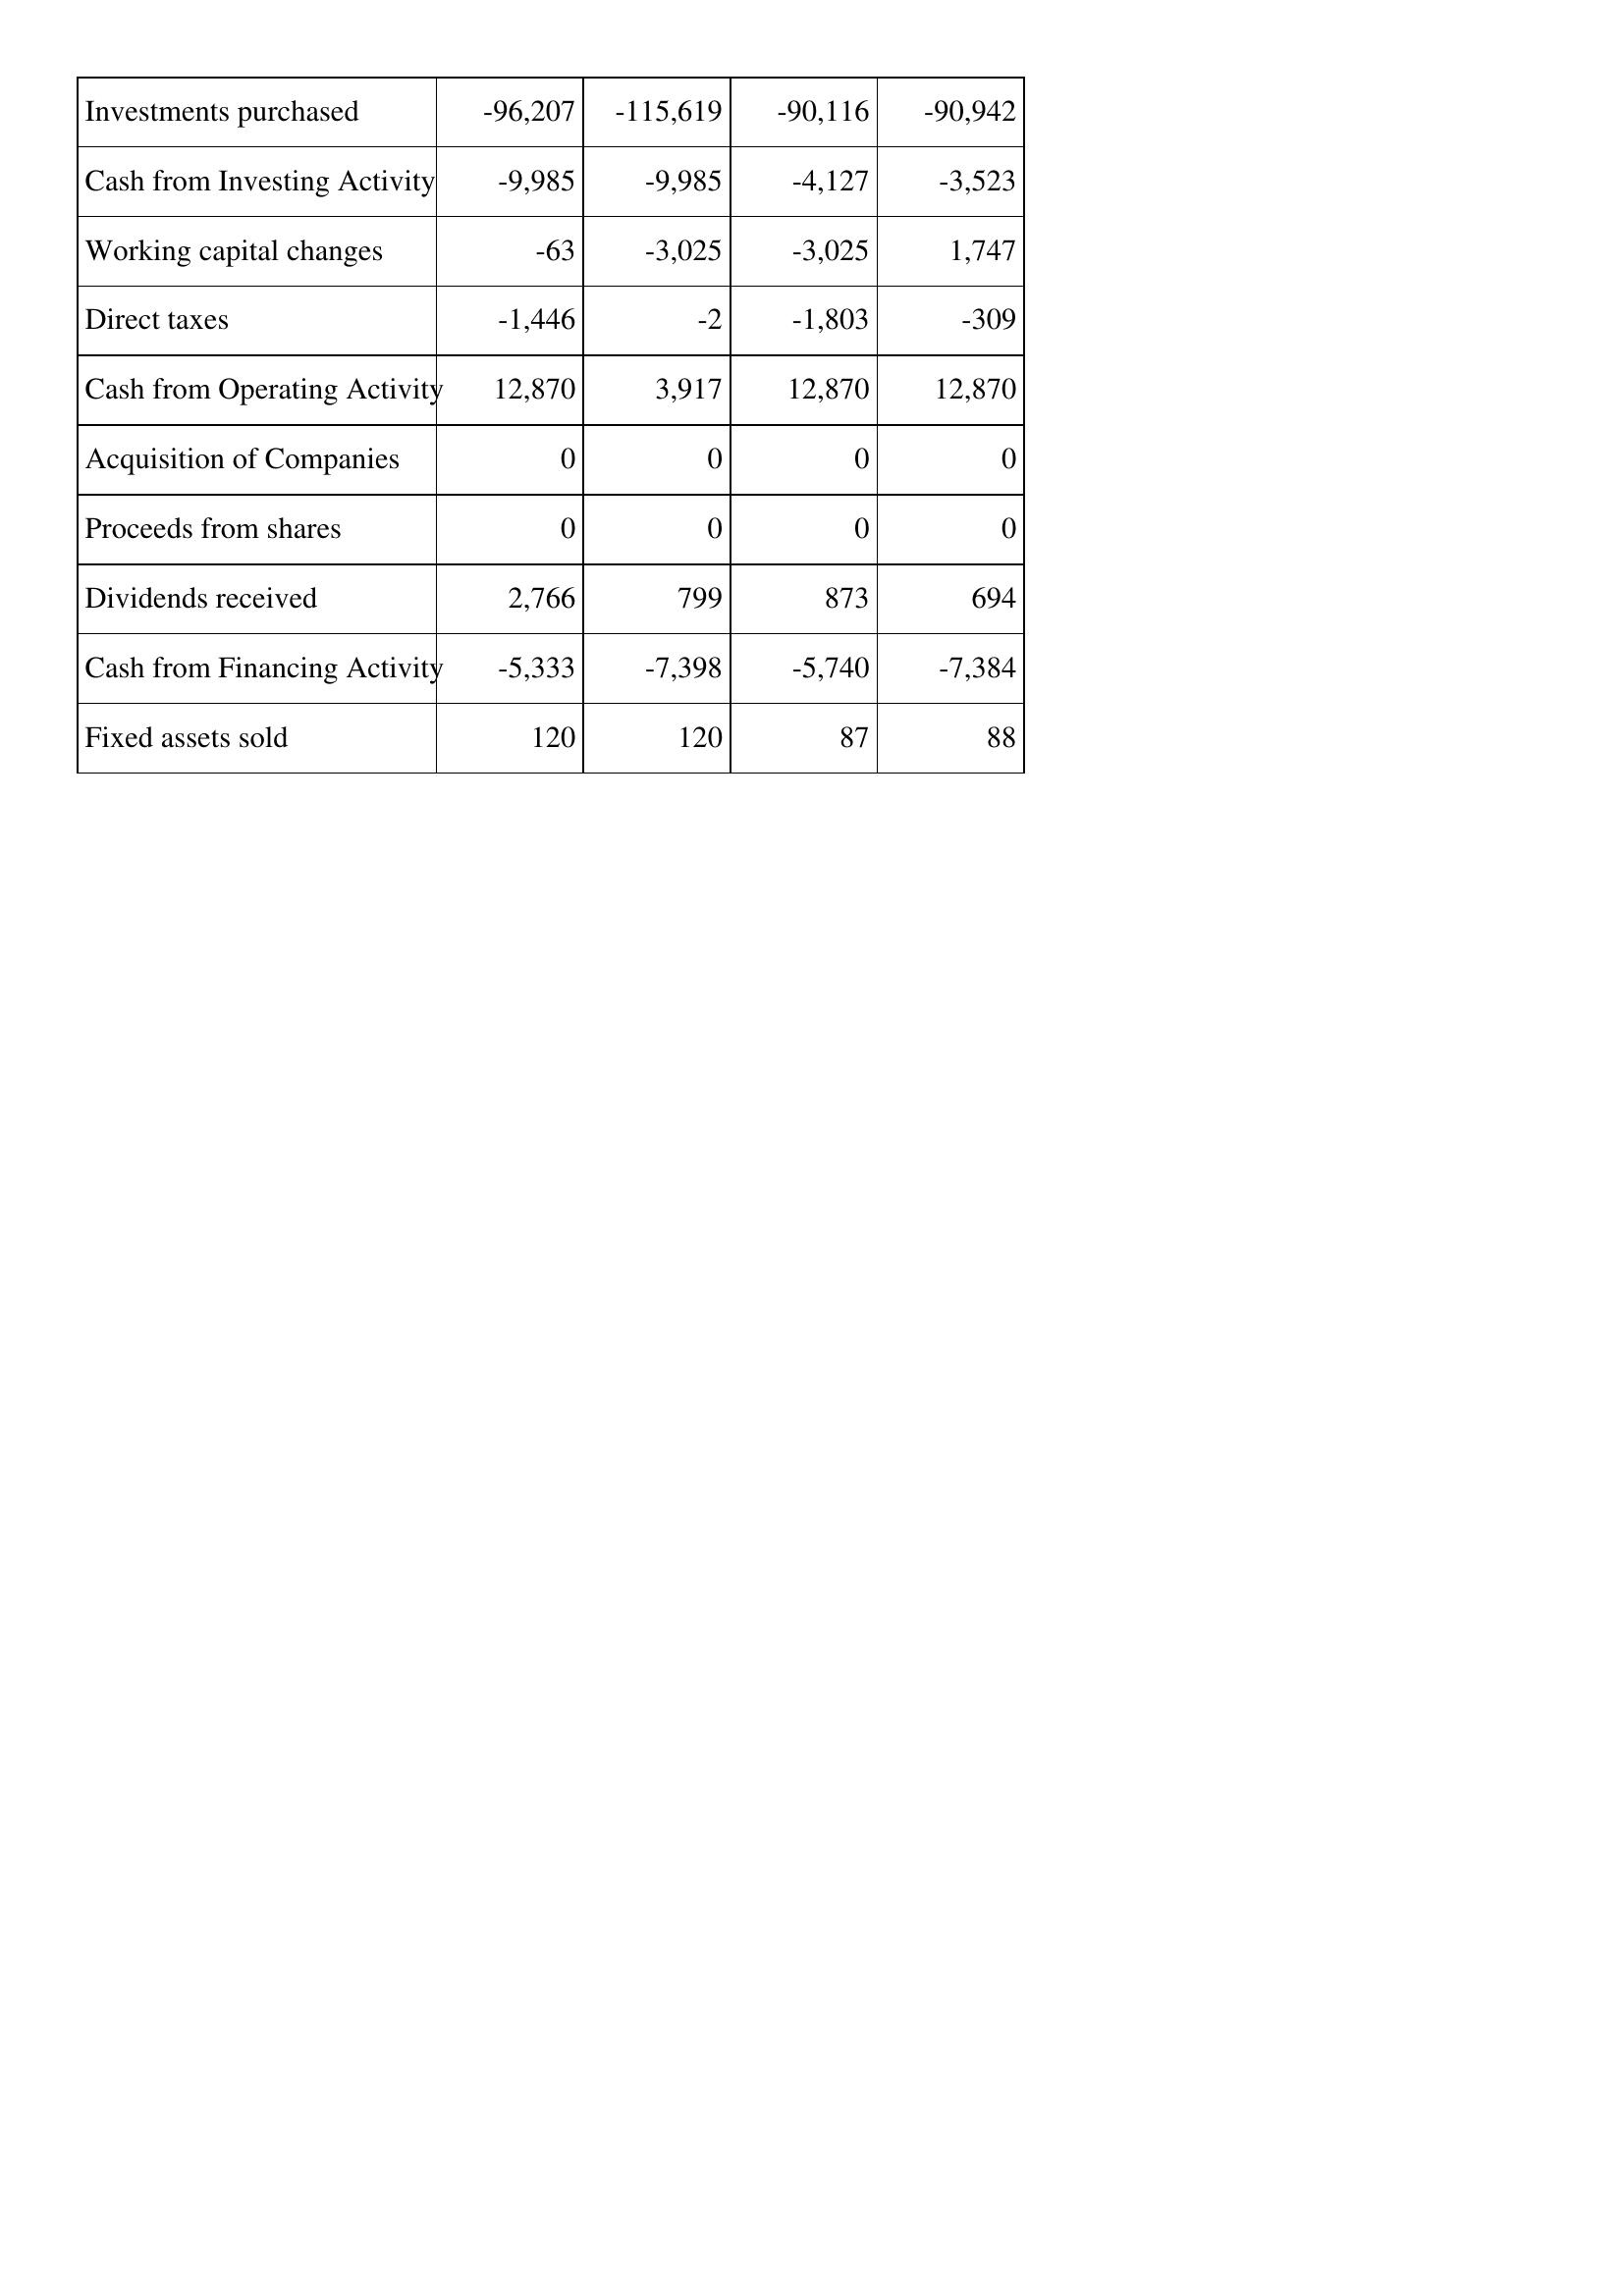
Mar-05: Cash Flows: Investments purchased: -96,207
Cash from Investing Activity: -9,985
Working capital changes: -63
Direct taxes: -1,446
Cash from Operating Activity: 12,870
Acquisition of Companies: 0
Proceeds from shares: 0
Dividends received: 2,766
Cash from Financing Activity: -5,333
Fixed assets sold: 120
Mar-04: Cash Flows: Investments purchased: -115,619
Cash from Investing Activity: -9,985
Working capital changes: -3,025
Direct taxes: -2
Cash from Operating Activity: 3,917
Acquisition of Companies: 0
Proceeds from shares: 0
Dividends received: 799
Cash from Financing Activity: -7,398
Fixed assets sold: 120
Mar-03: Cash Flows: Investments purchased: -90,116
Cash from Investing Activity: -4,127
Working capital changes: -3,025
Direct taxes: -1,803
Cash from Operating Activity: 12,870
Acquisition of Companies: 0
Proceeds from shares: 0
Dividends received: 873
Cash from Financing Activity: -5,740
Fixed assets sold: 87
Mar-02: Cash Flows: Investments purchased: -90,942
Cash from Investing Activity: -3,523
Working capital changes: 1,747
Direct taxes: -309
Cash from Operating Activity: 12,870
Acquisition of Companies: 0
Proceeds from shares: 0
Dividends received: 694
Cash from Financing Activity: -7,384
Fixed assets sold: 88